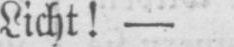
Licht! -